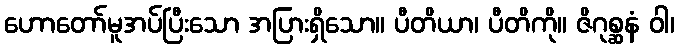
ဟောတော်မူအပ်ပြီးသော အပြားရှိသော။ ပီတိယာ၊ ပီတိကို။ ဇိဂုစ္ဆနံ ဝါ၊